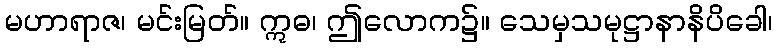
မဟာရာဇ၊ မင်းမြတ်။ ဣဓ၊ ဤလောက၌။ သေမှသမုဋ္ဌာနာနိပိခေါ၊